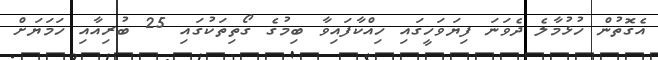
އެގޮތުން ހުޅުމާލެ ދެވަނަ ފިޔަވަހީގައި ހިއްކާފައިވާ ބިމުގެ ގޯތިތަކުގައި 25 ބުރިއާއި ހަމަޔަށް